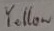
Text: Yellow